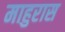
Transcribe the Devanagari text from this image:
माहुरास